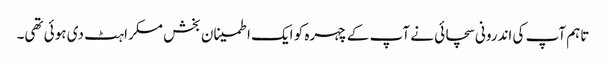
تاہم آپ کی اندرونی سچائی نے آپ کے چہرہ کو ایک اطمینان بخش مسکراہٹ دی ہوئی تھی۔